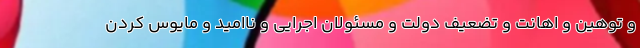
و توهین و اهانت و تضعیف دولت و مسئولان اجرایی و ناامید و مایوس کردن